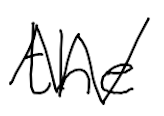
Text: the
Cross-out: zig-zag
Writing tool: digital_black